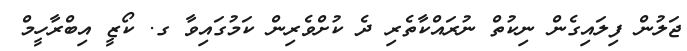
ޖަލުން ފިލައިގެން ނިކުތް ނުރައްކާތެރި ދެ ކުށްވެރިން ކަމުގައިވާ ގ. ކޯޒީ އިބްރާހީމް